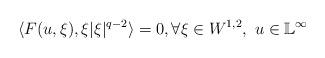
LaTeX: \begin{align*}\langle F(u, \xi), \xi |\xi|^{q-2} \rangle=0, \forall \xi \in W^{1,2}, \ u \in \mathbb{L}^{\infty}\end{align*}